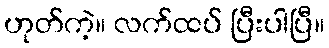
ဟုတ်ကဲ့။ လက်ထပ် ပြီးပါပြီ။